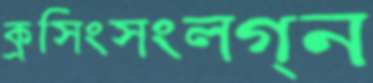
ক্রসিংসংলগ্ন